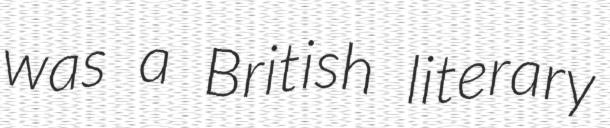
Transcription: was a British literary